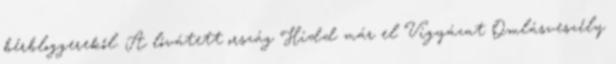
bérbloggerekől. A lóvátett ország Hidd már el Vigyázat Omlásveszély